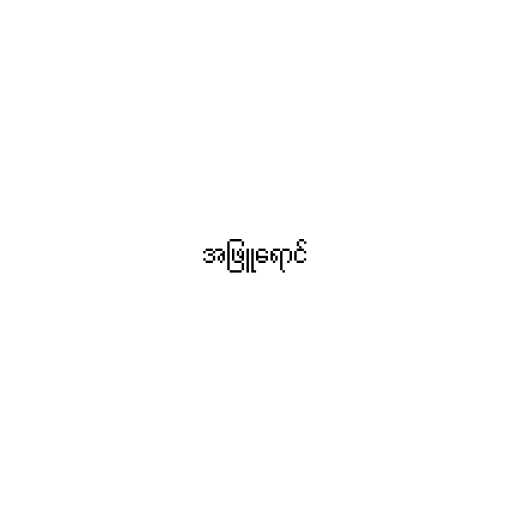
အဖြူရောင်